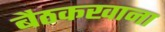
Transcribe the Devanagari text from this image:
बैठकखाना